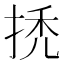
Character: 𢬳